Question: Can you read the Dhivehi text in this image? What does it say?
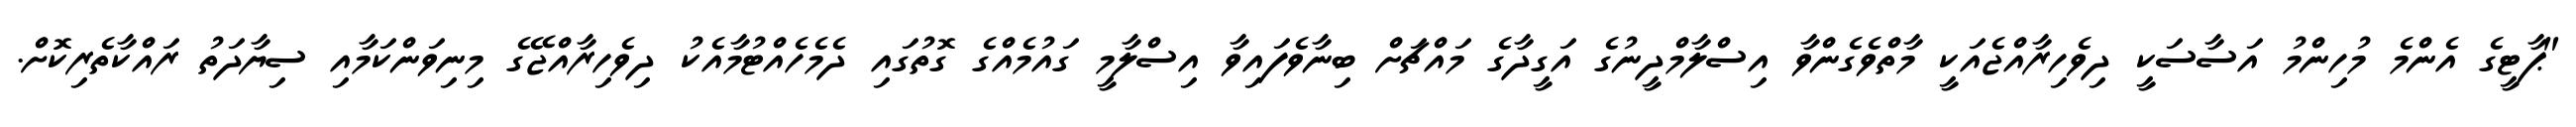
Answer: "ޕާޓީގެ އެންމެ މުހިންމު އަސާސަކީ ދިވެހިރާއްޖެއަކީ މާތްވެގެންވާ އިސްލާމްދީނުގެ އަގީދާގެ މައްޗަށް ބިނާވެފައިވާ އިސްލާމީ ގައުމެއްގެ ގޮތުގައި ދެމެހެއްޓުމާއެކު ދިވެހިރާއްޖޭގެ މިނިވަންކަމާއި ސިޔާދަތު ރައްކާތެރިކޮށް.